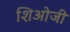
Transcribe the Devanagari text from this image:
शिओजी